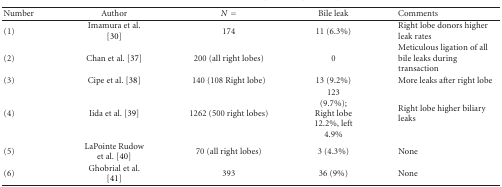
<table><thead><tr><td><b>Number</b></td><td><b>Author</b></td><td><b><i>N</i> = </b></td><td><b>Bile leak</b></td><td><b>Comments</b></td></tr></thead><tbody><tr><td>(1)</td><td>Imamura et al. [30]</td><td>174</td><td>11 (6.3%)</td><td>Right lobe donors higher leak rates</td></tr><tr><td>(2)</td><td>Chan et al. [37]</td><td>200 (all right lobes)</td><td>0</td><td>Meticulous ligation of all bile leaks during transaction</td></tr><tr><td>(3)</td><td>Cipe et al. [38]</td><td>140 (108 Right lobe)</td><td>13 (9.2%)</td><td> More leaks after right lobe</td></tr><tr><td>(4)</td><td>Iida et al. [39]</td><td>1262 (500 right lobes)</td><td>123 (9.7%); Right lobe 12.2%, left 4.9%</td><td>Right lobe higher biliary leaks</td></tr><tr><td>(5)</td><td>LaPointe Rudow et al. [40]</td><td>70 (all right lobes)</td><td>3 (4.3%)</td><td> None</td></tr><tr><td>(6)</td><td>Ghobrial et al. [41]</td><td>393</td><td>36 (9%)</td><td>None</td></tr></tbody></table>